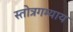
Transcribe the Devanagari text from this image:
स्तोत्रगम्याय